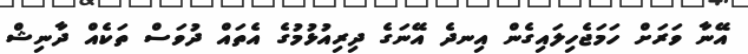
އޭނާ ވަރަށް ހަމަޖެހިލައިގެން އިނދެ އޭނަގެ ދިރިއުޅުމުގެ އެތައް ދުވަސް ތަކެއް ދާނިޝް